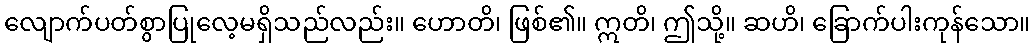
လျောက်ပတ်စွာပြုလေ့မရှိသည်လည်း။ ဟောတိ၊ ဖြစ်၏။ ဣတိ၊ ဤသို့။ ဆဟိ၊ ခြောက်ပါးကုန်သော။